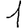
Digit: 1